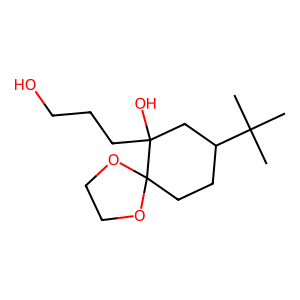
SMILES: CC(C)(C)C1CCC2(OCCO2)C(O)(CCCO)C1
Inhibits HIV replication: No